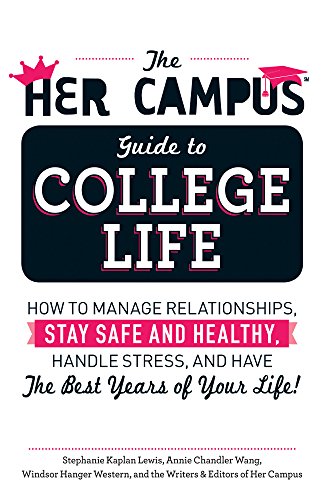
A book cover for The Her Campus Guide to College Life: How to Manage Relationships, Stay Safe and Healthy, Handle Stress, and Have the Best Years of Your Life; Stephanie Kaplan Lewis; Education & Teaching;